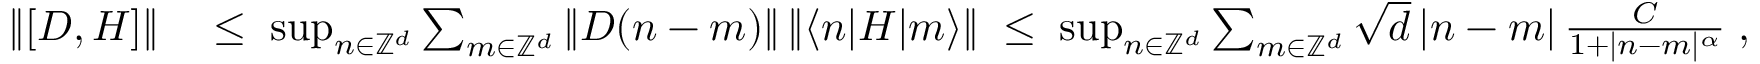
\begin{array} { r l } { \| [ D , H ] \| } & { \; \leq \; \operatorname* { s u p } _ { n \in { \mathbb Z } ^ { d } } \sum _ { m \in { \mathbb Z } ^ { d } } \| D ( n - m ) \| \, \| \langle n | H | m \rangle \| \; \leq \; \operatorname* { s u p } _ { n \in { \mathbb Z } ^ { d } } \sum _ { m \in { \mathbb Z } ^ { d } } \sqrt { d } \, | n - m | \, \frac { C } { 1 + | n - m | ^ { \alpha } } \; , } \end{array}